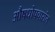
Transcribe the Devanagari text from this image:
औषधोपचारांत